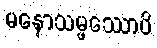
မနောသမ္ဖဿောပိ